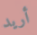
أريد